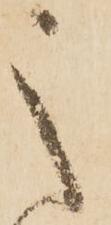
之